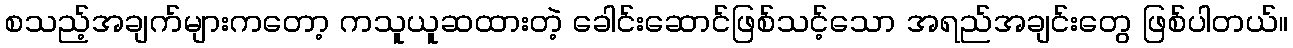
စသည့်အချက်များကတော့ ကသူယူဆထားတဲ့ ခေါင်းဆောင်ဖြစ်သင့်သော အရည်အချင်းတွေ ဖြစ်ပါတယ်။